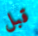
قبل